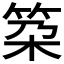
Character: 𥬸